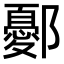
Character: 鄾